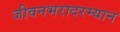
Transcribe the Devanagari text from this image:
जीवनभरादरम्यान